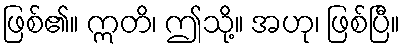
ဖြစ်၏။ ဣတိ၊ ဤသို့။ အဟု၊ ဖြစ်ပြီ။